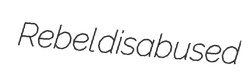
Rebel disabused